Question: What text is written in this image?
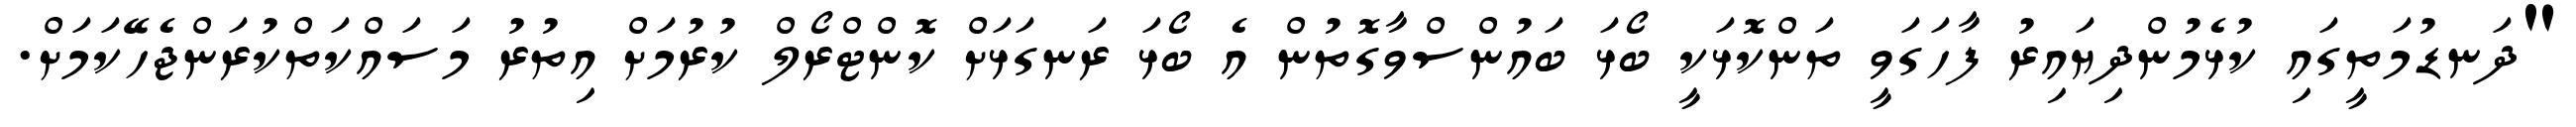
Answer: "ދަނޑުމަތީގައި ކުޅެމުންދިޔައިރު ފާހަގަވީ ތަންކޮޅަކީ ބޯޅަ ބައުންސްވާގޮތުން އެ ބޯޅަ ރަނގަޅަށް ކޮންޓްރޯލް ކުރުމަށް އިތުރު މަސައްކަތްކުރަންޖެހޭކަމަށް.